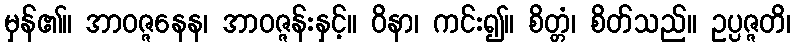
မှန်၏။ အာဝဇ္ဇနေန၊ အာဝဇ္ဇန်းနှင့်။ ဝိနာ၊ ကင်း၍။ စိတ္တံ၊ စိတ်သည်။ ဥပ္ပဇ္ဇတိ၊